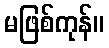
မဖြစ်ကုန်။